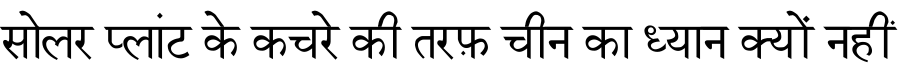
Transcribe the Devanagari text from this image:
सोलर प्लांट के कचरे की तरफ़ चीन का ध्यान क्यों नहीं